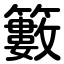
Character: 籔